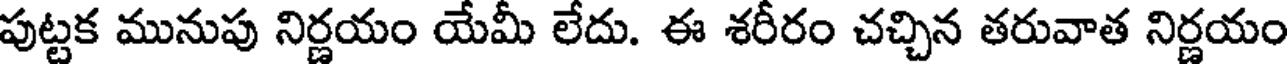
పుట్టక మునుపు నిర్ణయం యేమీ లేదు. ఈ శరీరం చచ్చిన తరువాత నిర్ణయం